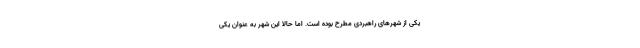
یکی از شهرهای راهبردی مطرح بوده است. اما حالا این شهر به عنوان یکی